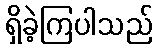
ရှိခဲ့ကြပါသည်